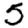
Digit: 5